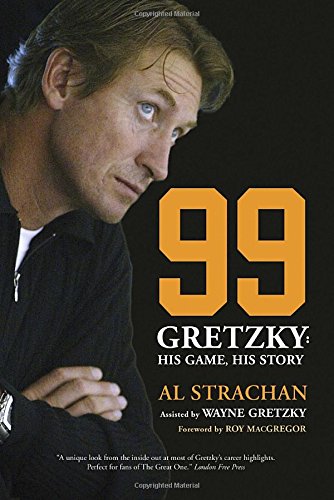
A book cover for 99: Gretzky: His Game, His Story; Al Strachan; Biographies & Memoirs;